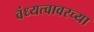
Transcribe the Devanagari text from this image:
वंध्यत्वावरच्या